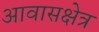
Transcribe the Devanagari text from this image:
आवासक्षेत्र